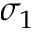
\sigma _ { 1 }